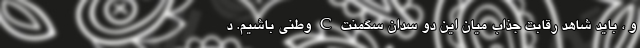
و ، باید شاهد رقابت جذاب میان این دو سدان سگمنت C وطنی باشیم. ‌‌د